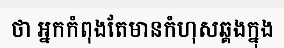
ថា អ្នកកំពុងតែមានកំហុសឆ្គងក្នុង